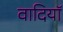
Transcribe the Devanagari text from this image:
वादियॉ